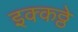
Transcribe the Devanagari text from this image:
इक्कठ्ठे